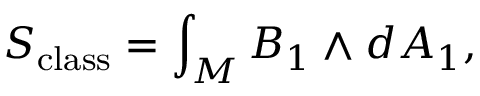
S _ { \mathrm { c l a s s } } = \int _ { M } B _ { 1 } \wedge d A _ { 1 } ,